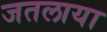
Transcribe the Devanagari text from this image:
जतलाया